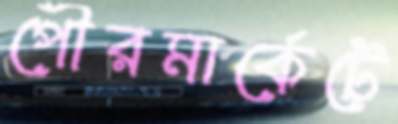
পৌরমার্কেটে